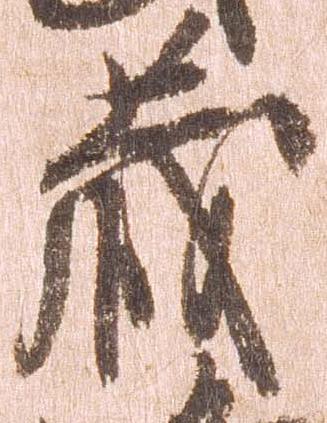
蔵